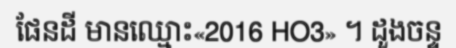
ផែនដី មានឈ្មោះ«2016 HO3» ។ ដួងចន្ទ